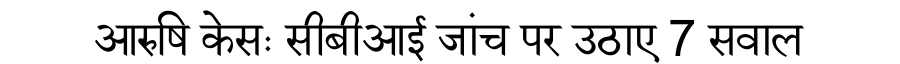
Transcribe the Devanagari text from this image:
आरुषि केसः सीबीआई जांच पर उठाए 7 सवाल